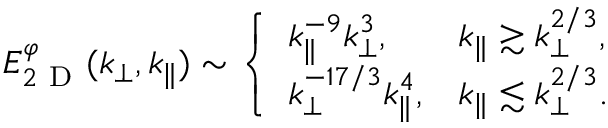
\begin{array} { r } { E _ { 2 \mathrm { ~ D ~ } } ^ { \varphi } ( k _ { \perp } , k _ { \parallel } ) \sim \left\{ \begin{array} { l l } { \displaystyle k _ { \parallel } ^ { - 9 } k _ { \perp } ^ { 3 } , } & { \displaystyle k _ { \parallel } \gtrsim k _ { \perp } ^ { 2 / 3 } , } \\ { \displaystyle k _ { \perp } ^ { - 1 7 / 3 } k _ { \parallel } ^ { 4 } , } & { \displaystyle k _ { \parallel } \lesssim k _ { \perp } ^ { 2 / 3 } . } \end{array} \right. } \end{array}